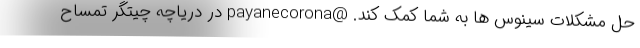
حل مشکلات سینوس ها به شما کمک کند. @payanecorona در دریاچه چیتگر تمساح